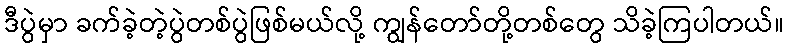
ဒီပွဲမှာ ခက်ခဲ့တဲ့ပွဲတစ်ပွဲဖြစ်မယ်လို့ ကျွန်တော်တို့တစ်တွေ သိခဲ့ကြပါတယ်။